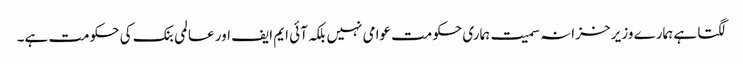
لگتا ہے ہمارے وزیر خزانہ سمیت ہماری حکومت عوامی نہیں بلکہ آئی ایم ایف اور عالمی بنک کی حکومت ہے۔